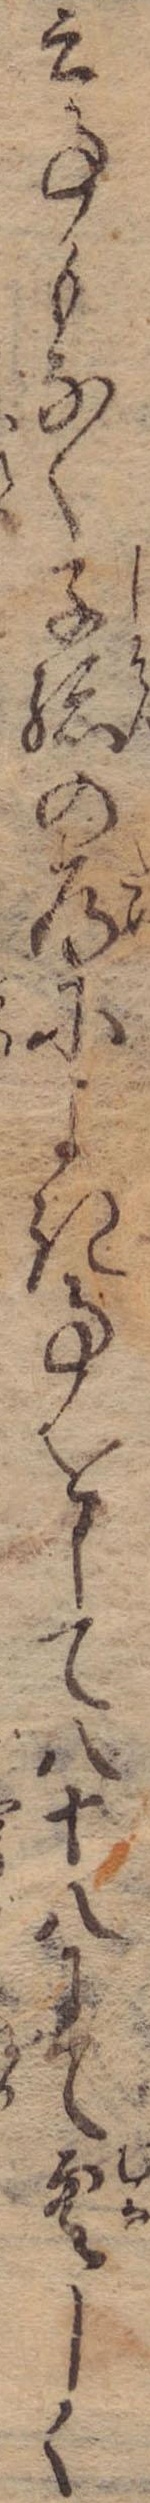
云事もなく子孫の為によき事をして八十八にて空しく